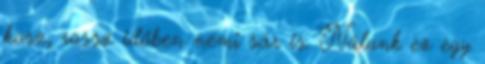
kosz, rossz időben némi sár is. Nálunk ez egy